Report of the Hyderabad Chloroform Commission
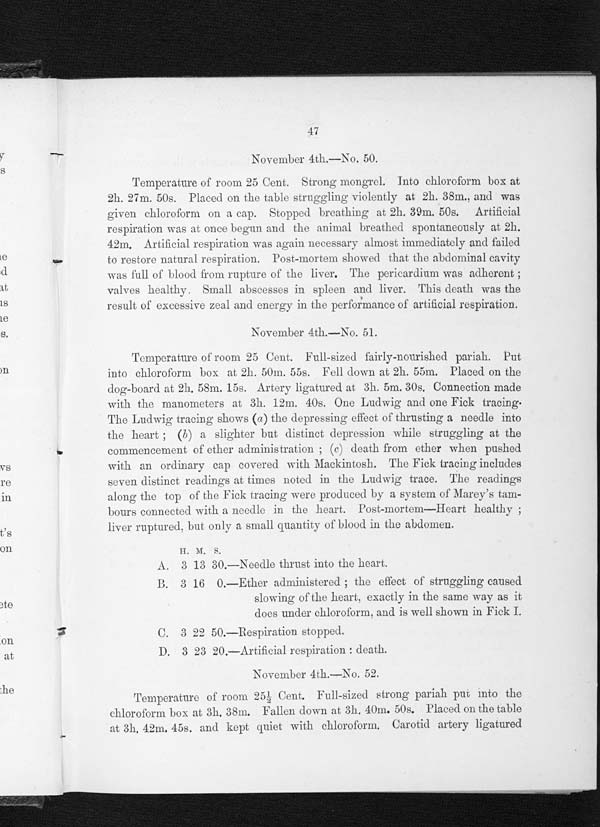
47
November 4th.—No. 50.
Temperature of room 25 Cent. Strong mongrel. Into chloroform box at
2h. 27m. 50s. Placed on the table struggling violently at 2h. 38m., and was
given chloroform on a cap. Stopped breathing at 2h. 39m. 50s. Artificial
respiration was at once begun and the animal breathed spontaneously at 2h.
42m. Artificial respiration was again necessary almost immediately and failed
to restore natural respiration. Post-mortem showed that the abdominal cavity
was full of blood from rupture of the liver. The pericardium was adherent ;
valves healthy, Small abscesses in spleen and liver. This death was the
result of excessive zeal and energy in the performance of artificial respiration.
November 4th.—No. 51.
Temperature of room 25 Cent. Full-sized fairly-nourished pariah. Put
into chloroform box at 2h. 50m. 55s. Fell down at 2h. 55m. Placed on the
dog-board at 2h.58m. 15s. Artery ligatured at. 3h. 5m. 30s. Connection made
with the manometers at 3h. 12m. 40s. One Ludwig and one Fick tracing.
The Ludwig tracing shows (a) the depressing effect of thrusting a needle into
the heart ; (b) a slighter but distinct, depression while struggling at the
commencement of ether administration ; (c) death from ether when pushed
w i t h a n o r d i n a r y c a p c o v e r e d w i t h M a c k i n t o s h . T h e F i c k t r a c i n g i n c l u d e s s e v e n d i s t i n c t r e a d i n g s a t t i m e s n o t e d i n t h e L u d w i g t r a c e . T h e r e a d i n g s
along the top of the Fick tracing were produced by a system of Marey's tam-
b ours connected with a needle in the heart. Post-mortem—Heart healthy ;
liver ruptured. but only a small quantity of blood in the abdomen.
11. M.S.
A . 3 1 3
3 0 . — N e e d l e t h r u s t i n t o t h e h e a r t .
B . 3 1 6 0 . — E t h e r a d m i n i s t e r e d ; t h e e f f e c t o f s t r u g g l i n g c a u s e d
slowing of the heart, exactly in the same way as it,
does under chloroform, and is well shown in Fick I.
C. 3 22 50.—Respiration stopped.
D. 3 23 20.—Artificial respiration : death.
November 4th.-No. 52.
Temperature of room 25½ Cent. Full-sized strong pariah put into the
chloroform box at 3h. 38m. Fallen down at 3h. 40m. 50s. Placed on the table
at 3h. 42m, 45s. and kept quiet with chloroform. Carotid artery ligatured